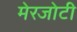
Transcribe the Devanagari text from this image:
मेरजोटी